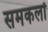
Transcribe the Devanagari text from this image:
समकलों